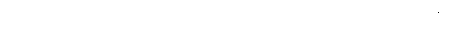
ကောင်ကလေးများ ပြည်သူအများတွင် အရှေ့မြောက်ဒေသမှ ပုံအထိ တင်းတင်းကိုင်ကာ